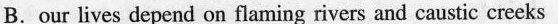
B. our lives depend on flaming rivers and caustic creeks